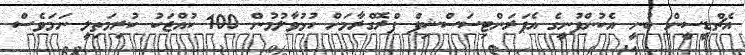
އެޗްޑީސީން ބުނީ އެކުންފުނީގެ އެޕަރަންޓިސަސްޝިޕް ޕްރޮގްރާމަށް ހުޅުވާލުމުން 100 ކުއްޖަކު ކުރިމަތިލީ ނަމަވެސް